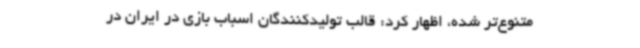
متنوع‌تر شده، اظهار کرد: قالب تولیدکنندگان اسباب بازی در ایران در